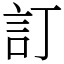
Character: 訂